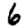
Digit: 6